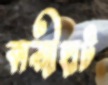
কাজীহাট